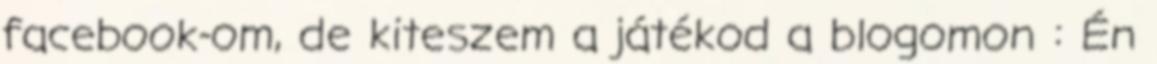
facebook-om, de kiteszem a játékod a blogomon : Én